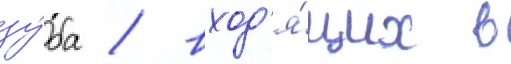
зу́ба / вход'я́щих в